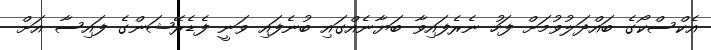
އެކްސްކޯގެ ބައްދަލުވުމަށް ފަހު ނެރެފައިވާ ބަޔާނެއްގައި ބުނެފައި ވަނީ ފެޑެރޭޝަންގެ ފައިސާ އަށް